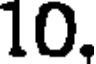
10.